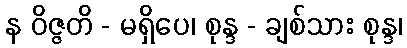
န ဝိဇ္ဇတိ - မရှိပေ၊ စုန္ဒ - ချစ်သား စုန္ဒ၊